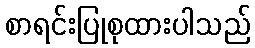
စာရင်းပြုစုထားပါသည်